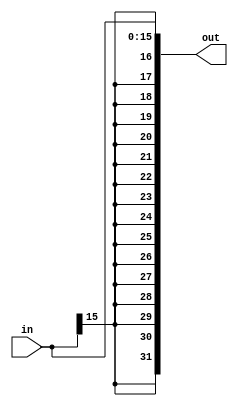
module Sign_extend(out, in);
  input signed [15:0] in;
  output reg signed [31:0] out;
  always @(in)
  begin
    out <= $signed(in);
  end
endmodule